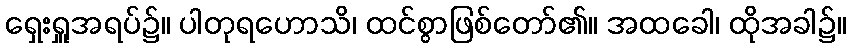
ရှေးရှူအရပ်၌။ ပါတုရဟောသိ၊ ထင်စွာဖြစ်တော်၏။ အထခေါ၊ ထိုအခါ၌။